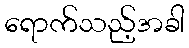
ရောက်သည့်အခါ